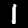
Digit: 1